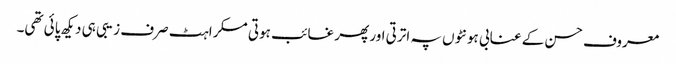
معروف حسن کے عنابی ہونٹوں پہ اترتی اور پھر غائب ہوتی مسکراہٹ صرف زیبی ہی دیکھ پائی تھی۔